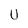
Character: U